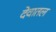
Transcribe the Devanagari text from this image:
देवातल